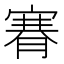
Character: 𦞫